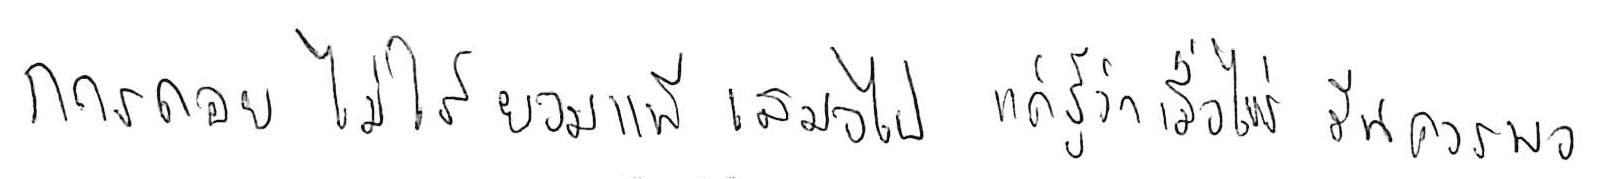
การถอย ไม่ใช่ยอมแพ้ เสมอไป แค่รู้ว่าเมื่อไหร่ มันควรพอ